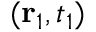
( { \bf { r } } _ { 1 } , t _ { 1 } )